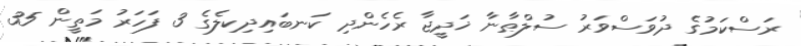
ރަސްކަމުގެ ދުވަސްވަރު ސުލްޠާނާ ޚަދީޖާ ރެހެންދި ކަނބައިދިކިލެގެ 3 ފަހަރު މަތީން 35